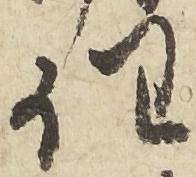
任